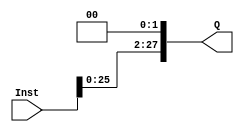
`timescale 1ns / 1ps

module SHL2a(
  input [31:0] Inst,
  output [27:0] Q
    );
  assign Q[27:2]=Inst[25:0];
  assign Q[1:0]=0;
endmodule